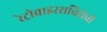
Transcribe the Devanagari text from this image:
रेट्रोवाइरसविरोधी